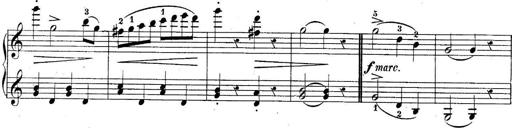
Title: 10 Sonatines progressives
Composer: Anton Schmoll